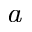
^ \textit { a }